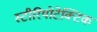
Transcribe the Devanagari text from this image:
स्टीरियोटेक्टिक